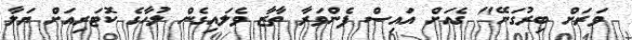
ވަރަށް ބިރުގަނޭ" ގެއަށް އައިސް ފެންވަރާ ތާޒާ ވެލައިގެން ލުހާގެ ކޮޓަރިއަށް ޔަލާ